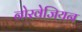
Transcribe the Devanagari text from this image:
नोरवेजियन